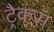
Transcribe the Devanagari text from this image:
ट्रैकस